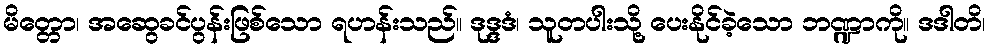
မိတ္တော၊ အဆွေခင်ပွန်းဖြစ်သော ရဟန်းသည်။ ဒုဒ္ဒဒံ၊ သူတပါးသို့ ပေးနိုင်ခဲ့သော ဘဏ္ဍာကို။ ဒဒါတိ၊